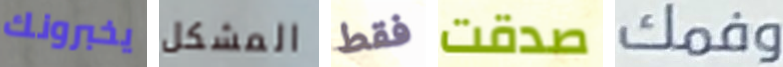
يخبرونك المشكل فقط صدقت وفمك